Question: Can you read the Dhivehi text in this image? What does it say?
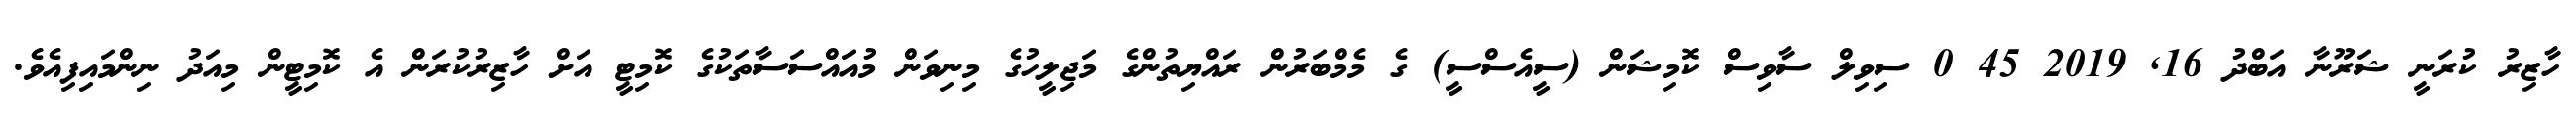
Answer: ހާޒިރު ކުރަނީ ޝަރޫނާ އަބްދު 16, 2019 45 0 ސިވިލް ސާވިސް ކޮމިޝަން (ސީއެސްސީ) ގެ މެމްބަރުން ރައްޔިތުންގެ މަޖިލީހުގެ މިނިވަން މުއައްސަސާތަކުގެ ކޮމިޓީ އަށް ހާޒިރުކުރަން އެ ކޮމިޓީން މިއަދު ނިންމައިފިއެވެ.